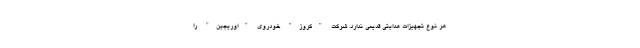
هر نوع تجهیزات هدایتی قدیمی ندارد. شرکت "کروز" خودروی "اوریجین" را